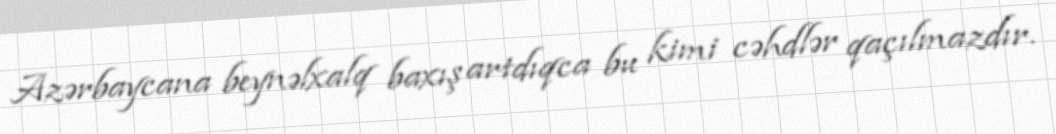
Azərbaycana beynəlxalq baxış artdıqca bu kimi cəhdlər qaçılmazdır.